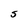
Character: S